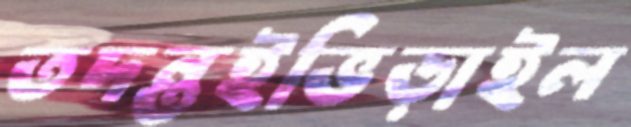
তদন্তইভিড়াইল